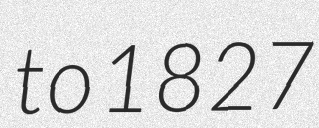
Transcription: to 1827